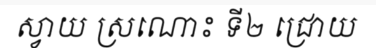
ស្វាយ ស្រណោះ ទី២ ជ្រោយ